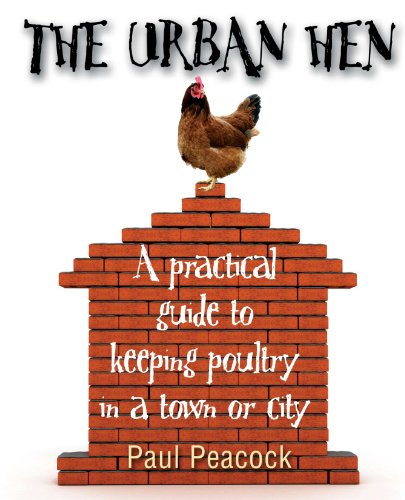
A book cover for The Urban Hen: A Practical Guide to Keeping Poultry in a Town or City; Paul Peacock; Crafts, Hobbies & Home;